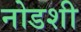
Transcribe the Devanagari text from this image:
नोडशी